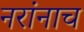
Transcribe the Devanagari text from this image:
नरांनाच